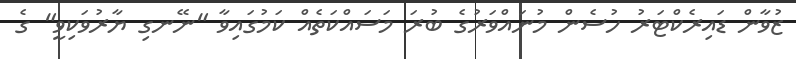
ޒުވާން ޑައިރެކްޓަރު ހުސެން މުނައްވަރުގެ ބުރަ މަސައްކަތެއް ކަމުގައިވާ "ނޭނގި ޔާރުވަކިވީ" ގެ